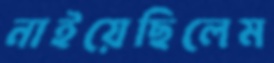
নাইয়েছিলেম